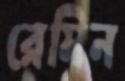
রেমিন